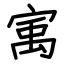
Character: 㝢